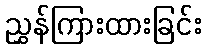
ညွှန်ကြားထားခြင်း